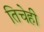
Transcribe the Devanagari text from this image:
तिचेही